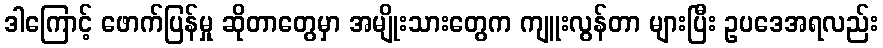
ဒါကြောင့် ဖောက်ပြန်မှု ဆိုတာတွေမှာ အမျိုးသားတွေက ကျူးလွန်တာ များပြီး ဥပဒေအရလည်း